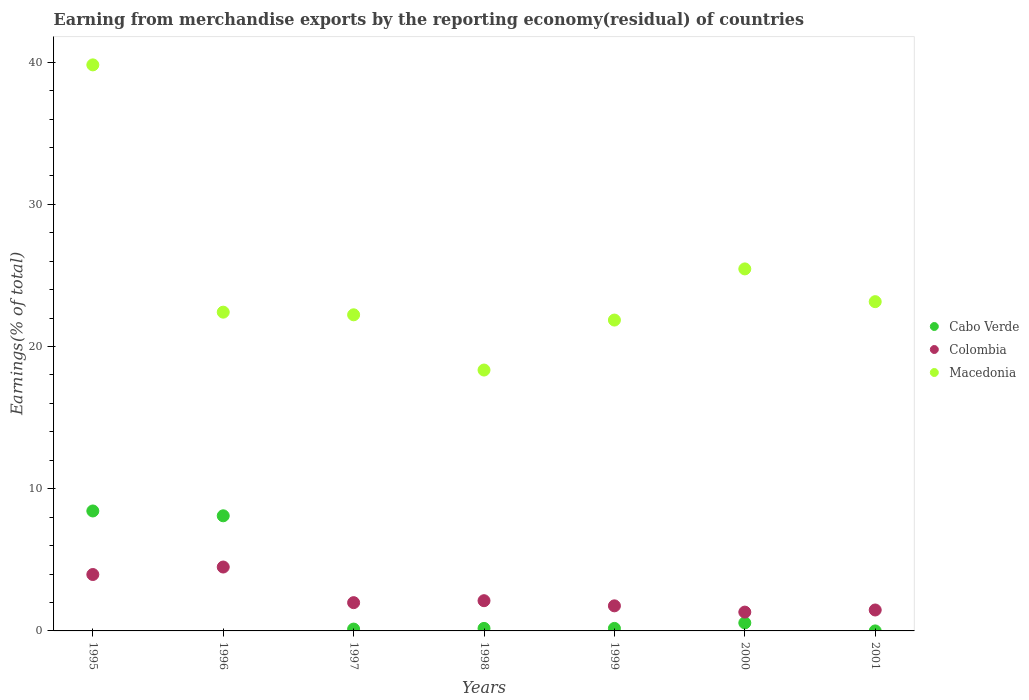
| Years | Cabo Verde | Colombia | Macedonia |
 | --- | --- | --- | --- |
 | 1995 | 8.44 | 3.97 | 39.8 |
 | 1996 | 8.1 | 4.49 | 22.4 |
 | 1997 | 0.129 | 1.99 | 22.2 |
 | 1998 | 0.178 | 2.13 | 18.3 |
 | 1999 | 0.177 | 1.76 | 21.9 |
 | 2000 | 0.565 | 1.32 | 25.5 |
 | 2001 | 3.63e-09 | 1.47 | 23.2 |